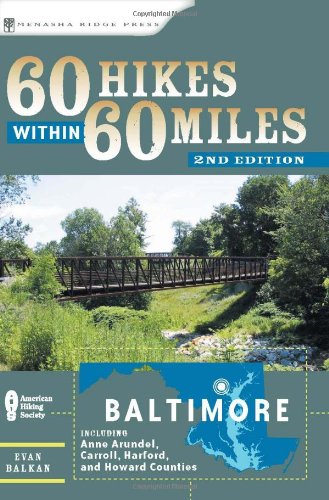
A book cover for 60 Hikes Within 60 Miles: Baltimore: Including Anne Arundel, Carroll, Harford, and Howard Counties; Evan L. Balkan; Travel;